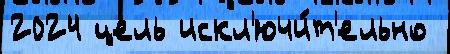
2024 цель искл'ючи́т'ельно